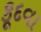
કૂદવા